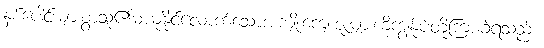
နှစ်ပေါင်းများစွာသူ၏မယုံနိုင်လောက်သောအကျိုးကျေးဇူးများကိုကျွန်ုပ်တို့ကြားခဲ့ရသည်